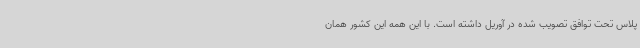
پلاس تحت توافق تصویب شده در آوریل داشته است. با این همه این کشور همان